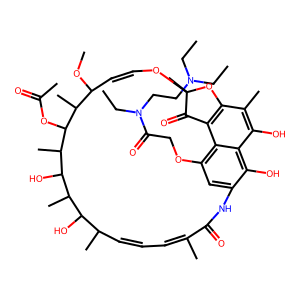
SMILES: CCN(CC)CCN(CC)C(=O)COc1cc2c(O)c3c(O)c(C)c4c(c13)C(=O)C(C)(OC=CC(OC)C(C)C(OC(C)=O)C(C)C(O)C(C)C(O)C(C)C=CC=C(C)C(=O)N2)O4
Inhibits HIV replication: No